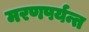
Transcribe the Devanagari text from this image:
मरणपर्यन्त